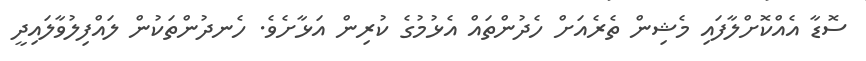
ސޮޑާ އެއްކޮށްލާފައި މެޝިން ތެރެއަށް ހެދުންތައް އެޅުމުގެ ކުރިން އަޅާށެވެ. ހެނދުންތަކުން ލައްފިލުވާލައިދީ